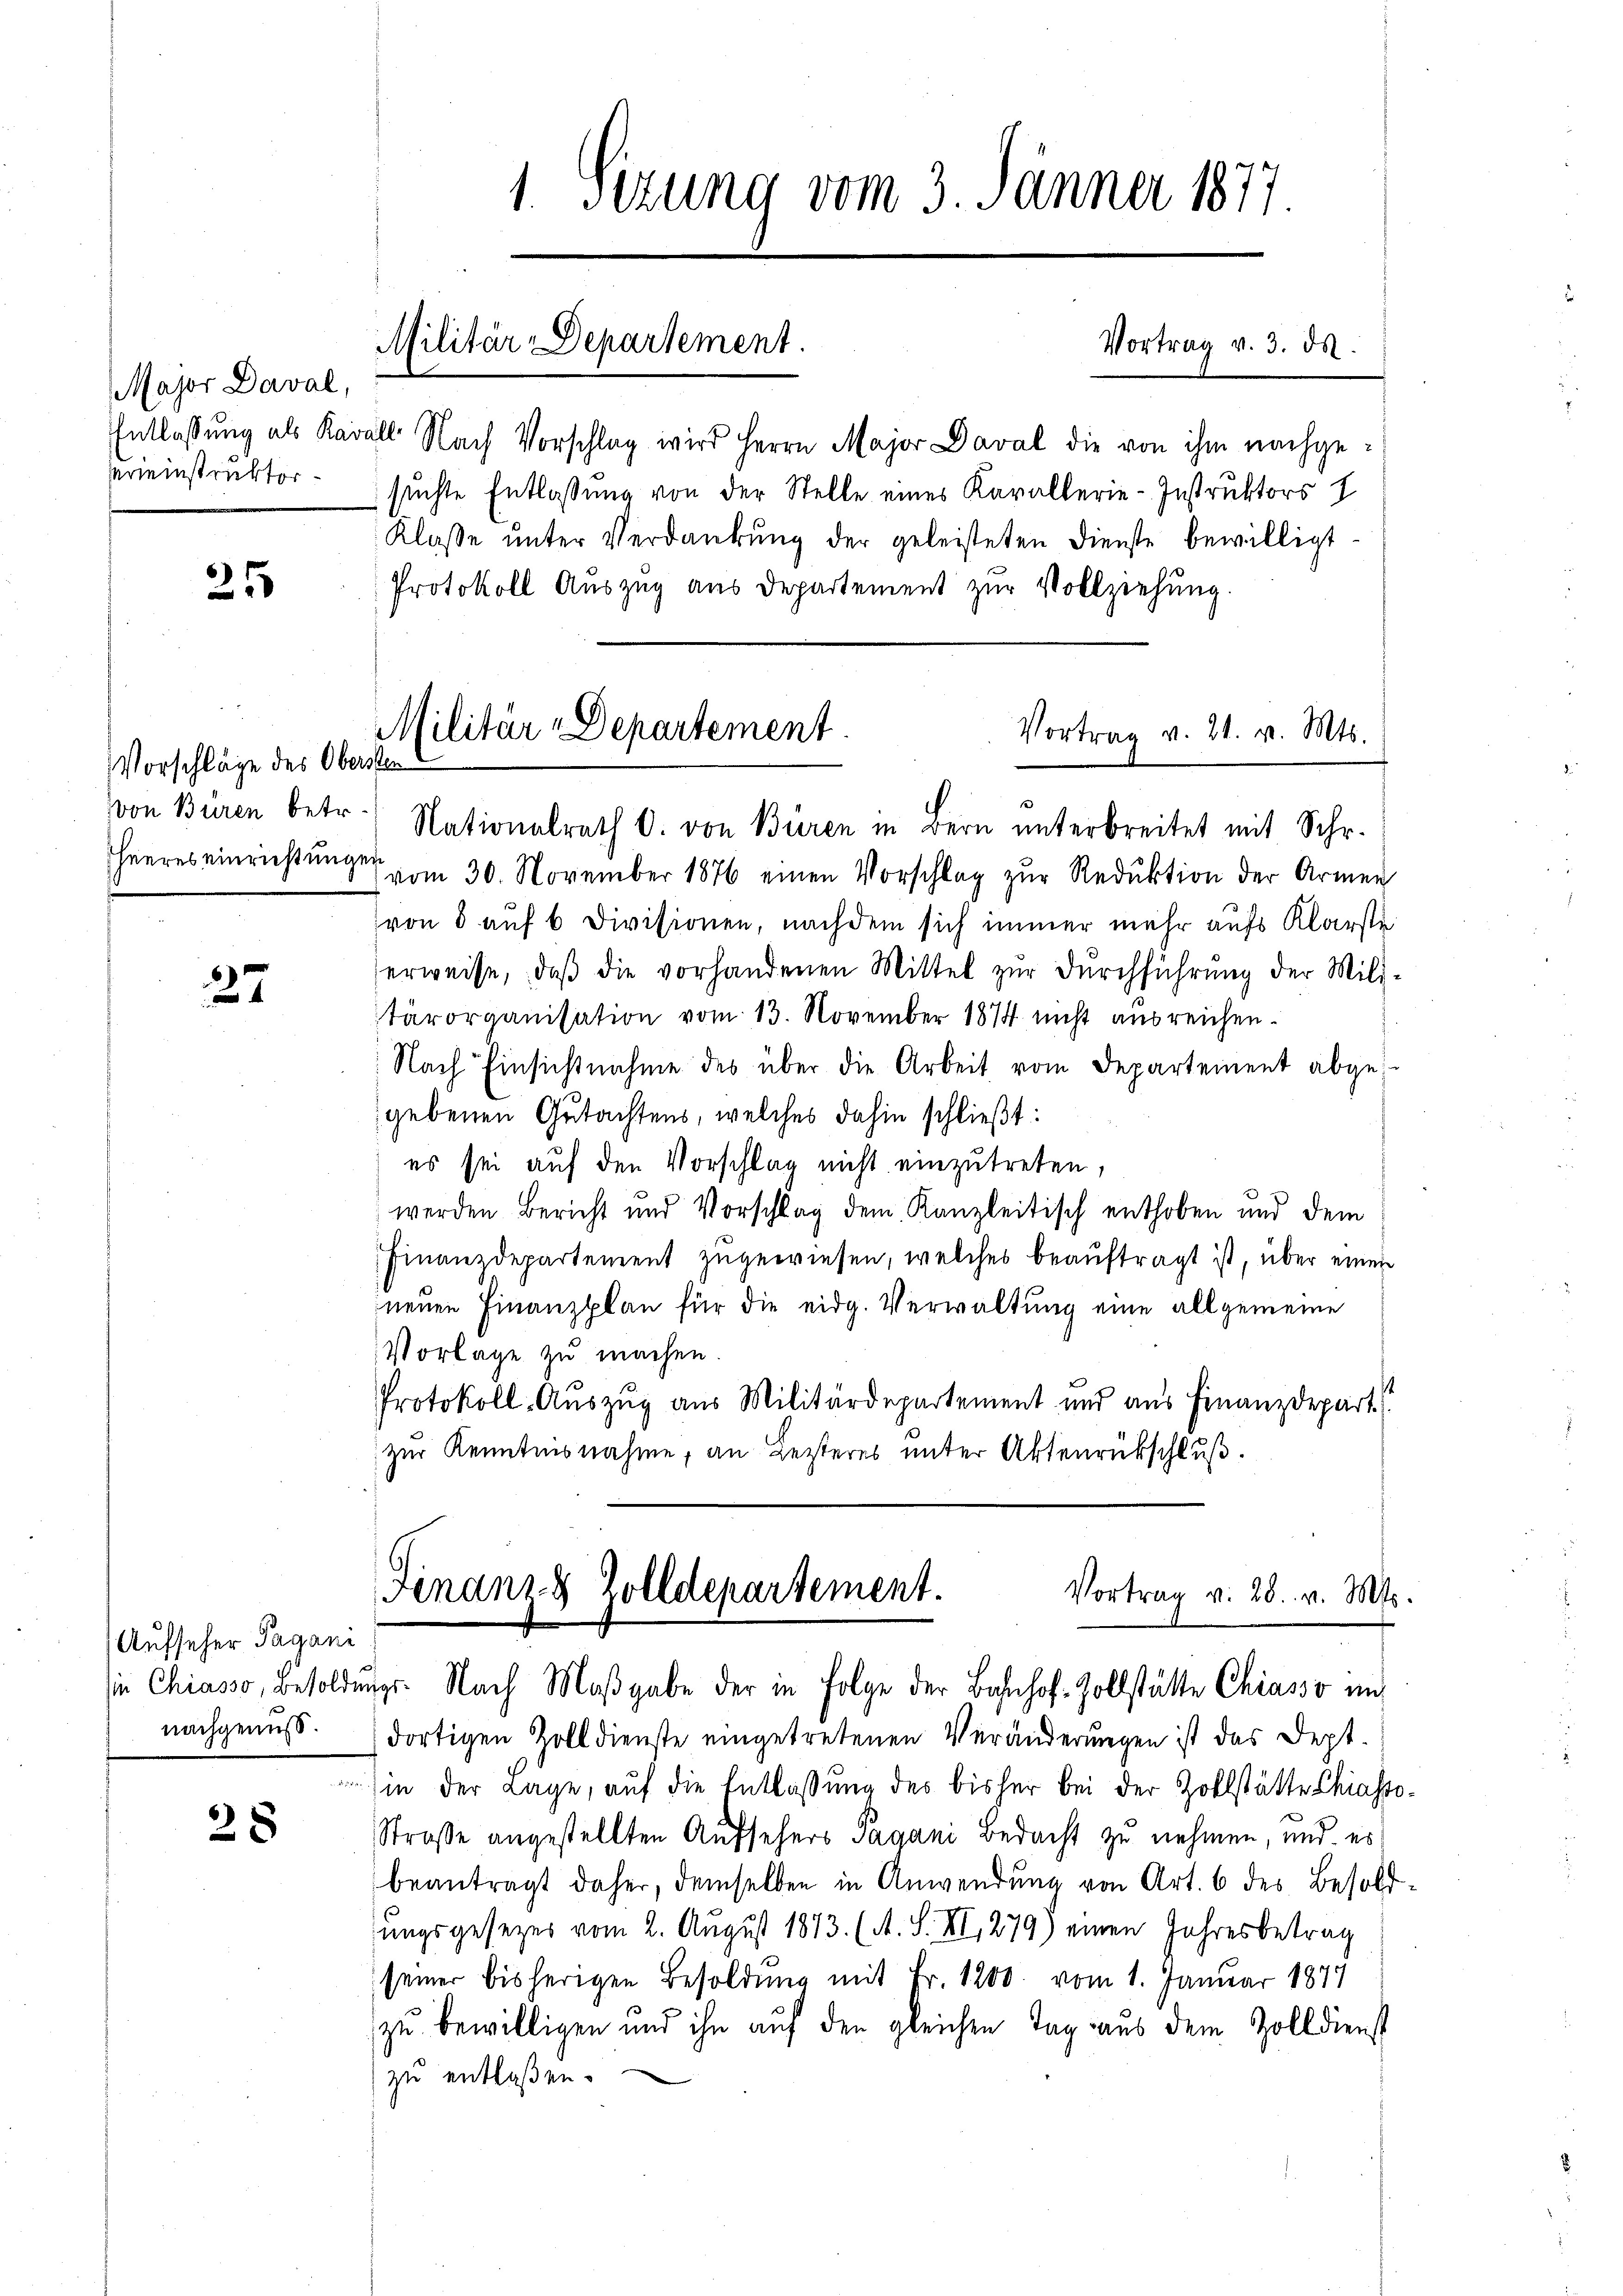
Major Daval,
Vereinstruktor¬

25

Vorschläge des Obersten
von Büren betr.
Theeres einrichtungen

27

Aufseher Tagani
nachgenuss.

28

1. Sizung vom 3. Jänner 1877.
Militär-Departement.
Vortrag v. 3. ds.

Entlassung als Karall Nach Vorschlag wird Herrn Major Daval die von ihm nachgesuchte Entlassung von der Stelle eines Kavallerie-Instruktors
Klasse ŭnter Verdankŭng der geleisteten Dienste bewilligt
Protokoll Auszug aus Departement zur Vollziehung.

Militär-Departement
Vortrag v. 21. v. Mts.

Nationalrath O. von Büren in Bern unterbreitet mit Schr.
vom 30. November 1876 einen Vorschlag zur Reduktion der Armen
von 8 auf 6 Divisionen, nachdem sich immer mehr aufs Klarste
erweise, daβ die vorhandenen Mittel zŭr dŭrchführŭng der Mili-
tärorganisation vom 13. November 1874 nicht ausreichen.
: Nach Einsichtnahme des über die Arbeit vom Departement abgegebenen Gutachtens, welches dahin schließt:
es sei auf den Vorschlag nicht einzutreten,
werden Bericht und Vorschlag dem Kanzleitisch enthoben und dem
Finanzdepartement zugewiesen, welches beauftragt ist, über einen
neuen Finanzplan für die eidg. Verwaltung eine allgemeine
Vorlage zu machen.
PProtokoll-Auszug aus Militärdepartement und aus Finanzdepart
zur Kenntnisnahme, an Lezteres unter Aktenrückschluß.

Finanze Zolldepartement.
Vortrag v. 28. v. Mts.
ie Chiasso, Besoldŭngs-Nach Maβgabe der in Folge der Bahnhof-Zollstätte Chiasso in

dortigen Zolldienste eingetretenen Veränderungen ist das Dept¬
) in der Lage, auf die Entlassung des bisher bei der Zollstätte Chiasso¬
Straße angestellten Aufsehers Jagani Bedacht zu nehmen, und es
beantragt daher, demselben in Anwendung von Art. 6 des Besoldhungsgesezes vom 2. August 1873. (A. S. XI, 279) einen Jahresbetrag
seiner bisherigen Besoldung mit Fr. 1200. vom 1. Januar 1847
zu bewilligen und ihn auf den gleichen Tag aus dem Zolldienst
zu entlassen.